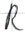
Text: R